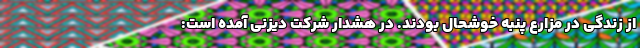
از زندگی در مزارع پنبه خوشحال بودند. در هشدار شرکت دیزنی آمده است: